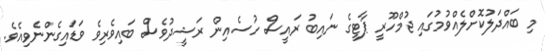
މި ބައްދަލުކޮށްލެއްވުމުގައި ޖުމްހޫރީ ޕާޓީގެ ނައިބު ރައީސް ހުސެއިން ރަޝީދުވެސް ބައިވެރިވެ ވަޑައިގެންނެވިއެވެ.